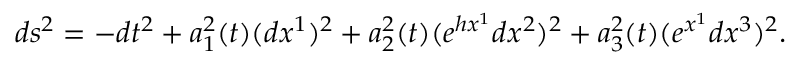
d s ^ { 2 } = - d t ^ { 2 } + a _ { 1 } ^ { 2 } ( t ) ( d x ^ { 1 } ) ^ { 2 } + a _ { 2 } ^ { 2 } ( t ) ( e ^ { h x ^ { 1 } } d x ^ { 2 } ) ^ { 2 } + a _ { 3 } ^ { 2 } ( t ) ( e ^ { x ^ { 1 } } d x ^ { 3 } ) ^ { 2 } .